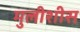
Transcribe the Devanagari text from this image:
मुलीशीस